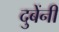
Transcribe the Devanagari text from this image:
दुबेंनी